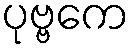
ပုဗ္ဗကေ